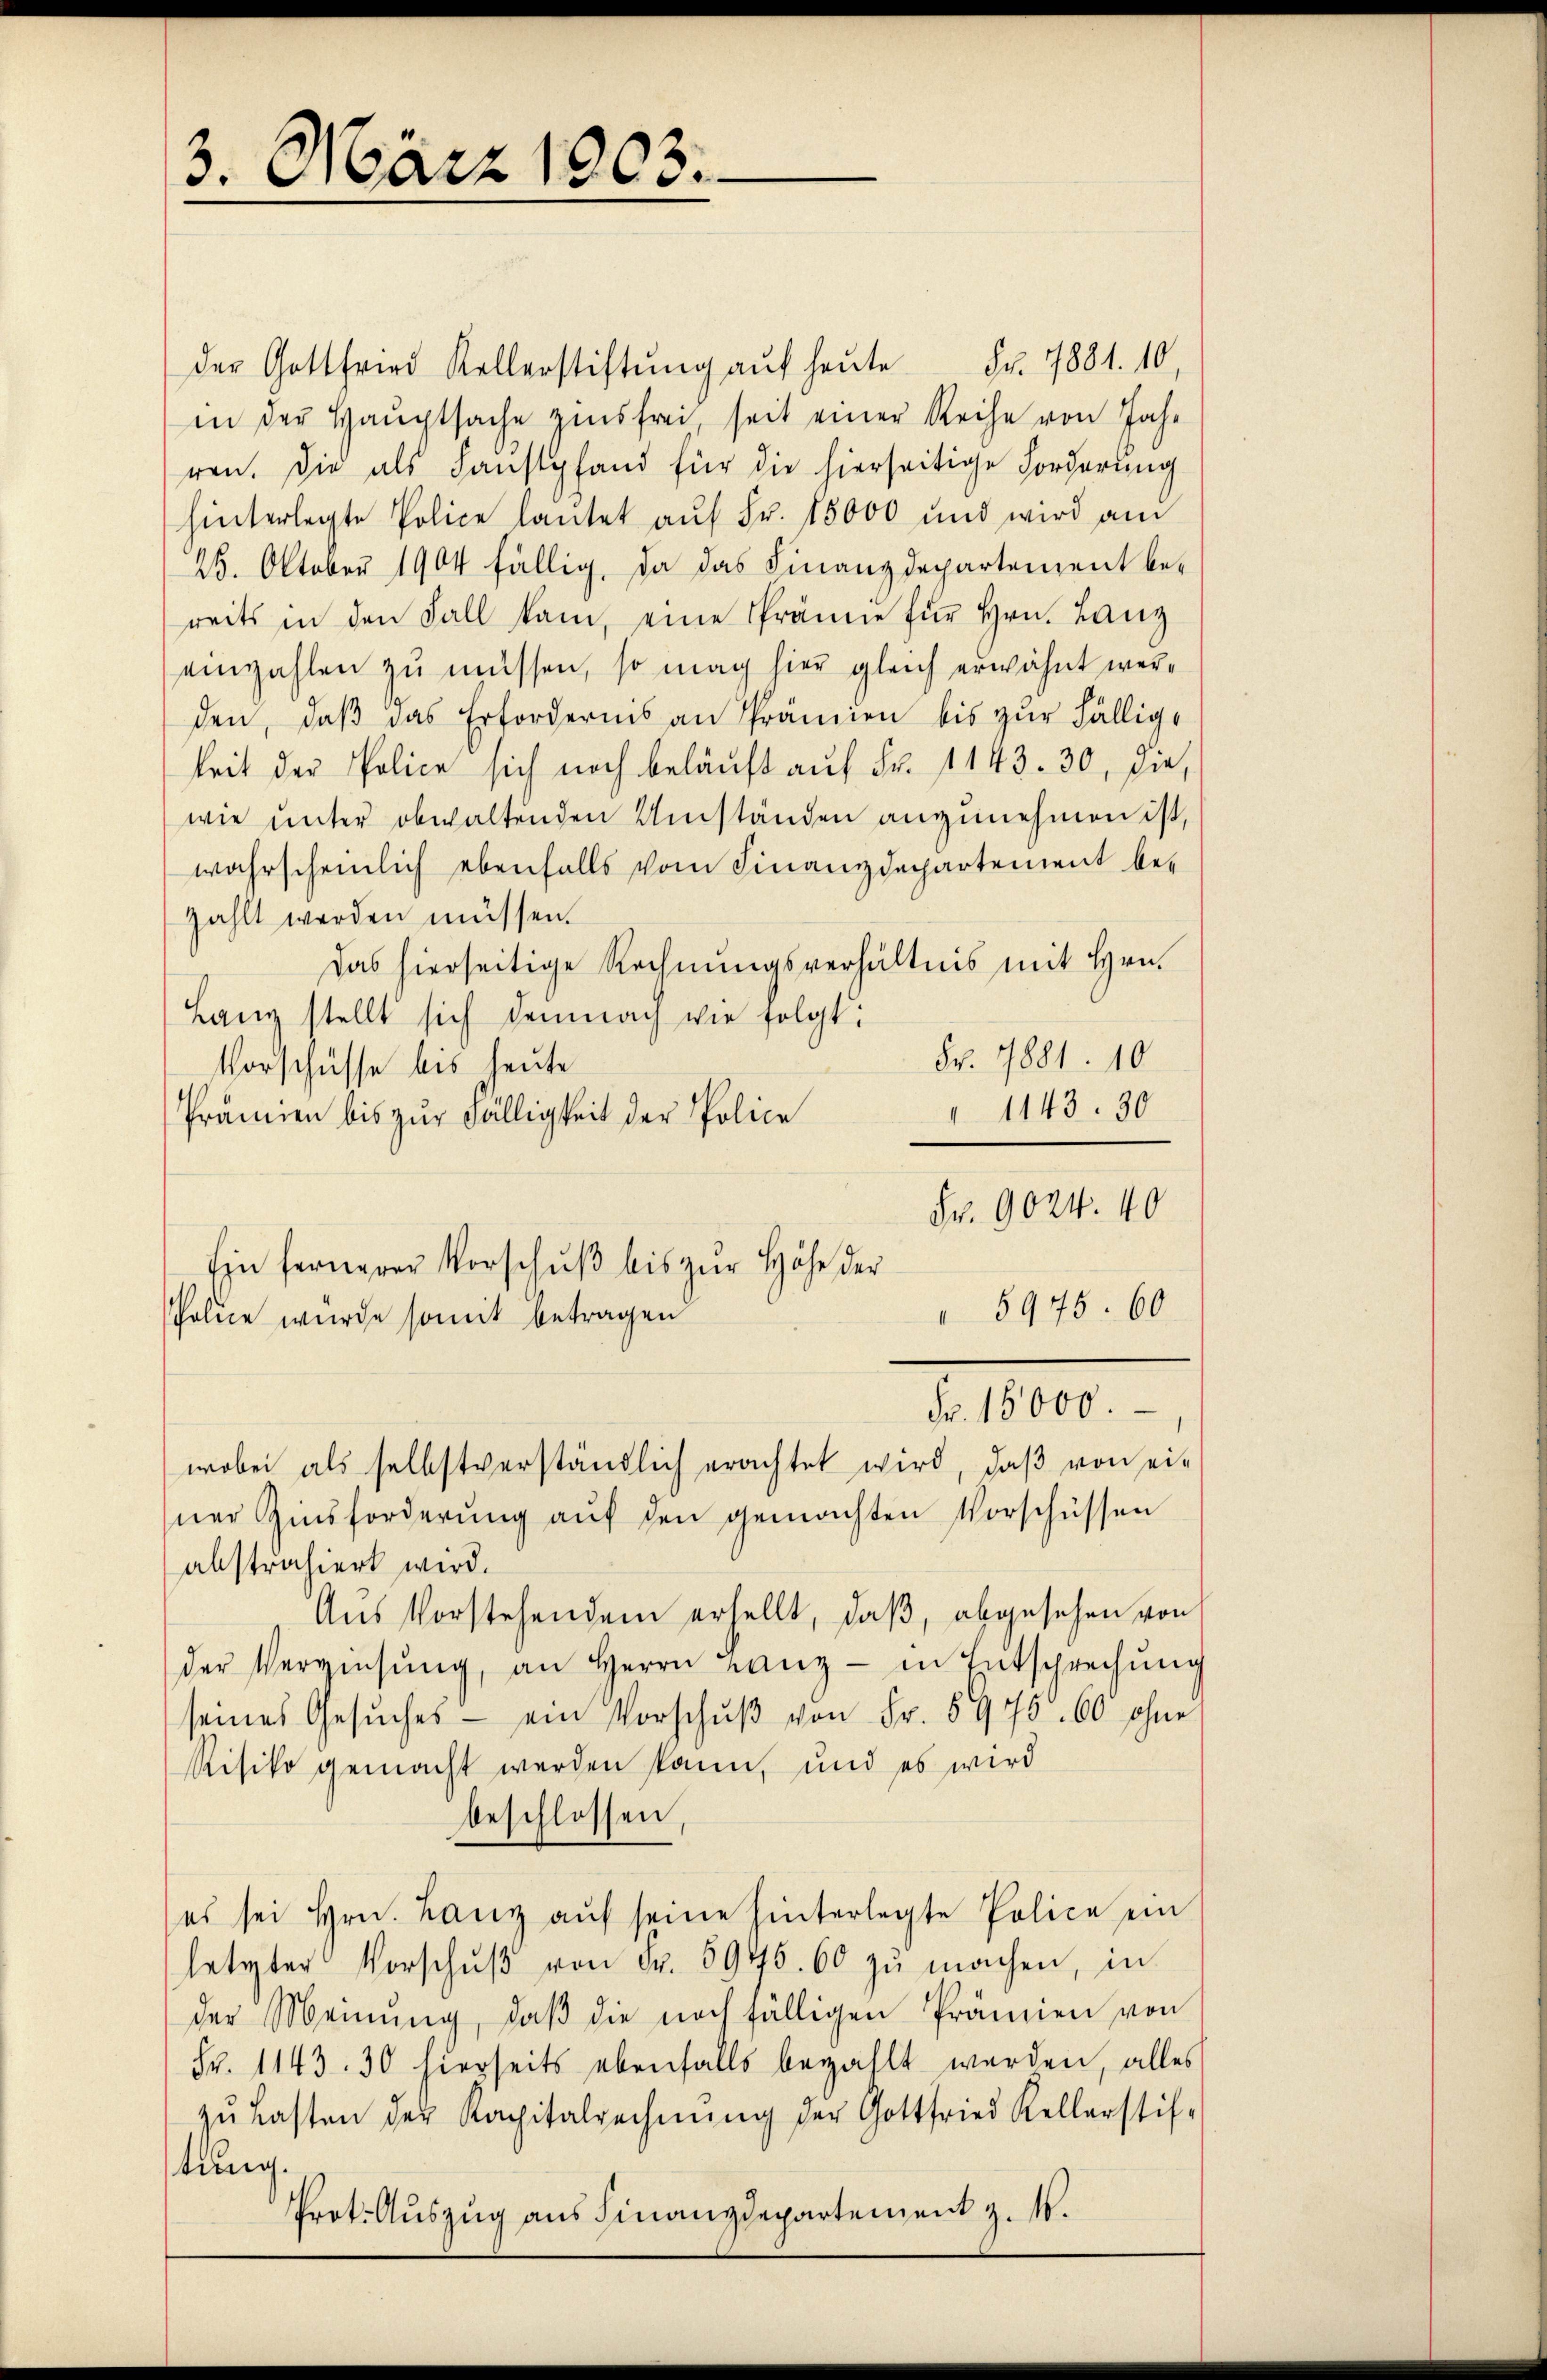
3. März 1803.

der Gottfried Kellerstiftŭng aŭf heŭte Fr. 7881. 10,
in der Hauptsache zinsfrei, seit einer Reihe von Jahr
ren. Die als Faustpfand für die hierseitige Forderung
hinterlegte Police laŭtet aŭf Fr. 15000 und wird am
25. Oktober 1904 fällig, da das Finanzdepartement be-
reits in den Fall kam, eine Prämie für Hrn. Lanz
einzahlen zu müssen, so mag hier gleich erwähnt werden, daβ das Erfordernis an Prämien bis zŭr fälligkeit der Police sich noch beläuft aŭf Fr. 1143. 30, die
wie unter obwaltenden Umständen anzunehmen ist,
wahrscheinlich ebenfalls vom Finanzdepartement be-
zahlt werden müssen.
Das hierseitige Rechnungsverhältnis mit Hrn.
Lanz stellt sich demnach wie folgt:
Fr. 1881. 10
Vorschüsse bis heute
1143. 30
Prämien bis zur Fälligkeit der Police
Fr. 9024. 40
Ein fernerer Vorschuß bis zur Höhe der
5975. 60
Police wurde somit betragen
Fr. 15000.
wobei als selbstverständlich erachtet wird, daß von einer Zinsforderung aŭf den gemachten Vorschüssen
abstrahiert wird.
Aus Vorstehendem erhellt, daß, abgesehen von
der Vergiesŭng, an Herrn Lanz - in Entsprechung
seines Gesŭches - ein Vorschŭβ von Fr. 5975. 60 ohne
Risiko gemacht werden kann, und es wird
beschlossen,
(es sei Hrn. Lanz aŭf seine hinterlegte Police ein
letzter Vorschŭβ von Fr. 5945. 60 zŭ machen, in
der Meinung, daβ die noch fälligen Prämien von
Fr. 1143. 30 hierseits ebenfalls bezahlt werden, alles
zŭ Lasten der Kapitalrechnŭng der Gottfried Kellerstif-
tung.
Prot. Auszug aus Finanzdepartement z. B.